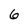
Character: 6